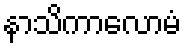
နာသိကာလောမံ